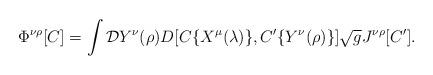
LaTeX: \begin{align*}\Phi^{\nu\rho}[C]=\int {\cal D}Y^{\nu}(\rho) D [C\{ X^{\mu}(\lambda) \},C'\{ Y^{\nu}(\rho) \}] \sqrt{g} J^{\nu\rho}[C']. \hfill\end{align*}